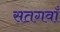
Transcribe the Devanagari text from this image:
सतगवाँ